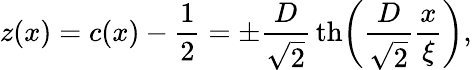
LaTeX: \begin{array}{l}{\displaystyle{z(x)=c(x)-\frac{1}{2}=\pm\frac{D}{\sqrt{2}}\, \mathrm{th}\bigg(\frac{D}{\sqrt{2}}\frac{x}{\xi}\bigg),}}\end{array}